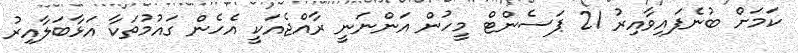
ކަމަށް ބުނެފައިވާއިރު 21 ޕަސެންޓް މީހުން އަންނަނީ ރާއްޖެއަކީ އެހެން ގައުމުތަކާ އަޅާބަލާއިރު